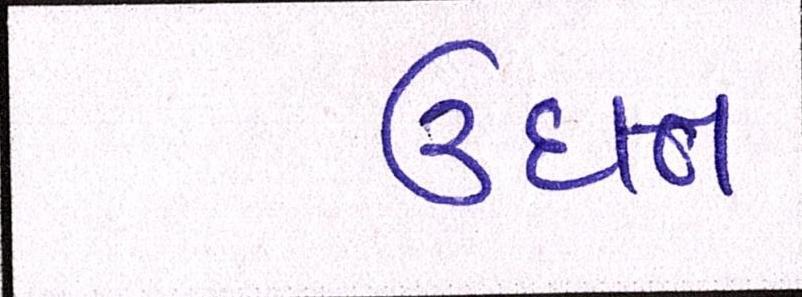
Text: ઉદાત્ત